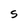
Character: S